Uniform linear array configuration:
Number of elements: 24
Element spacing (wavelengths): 1
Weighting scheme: exponential
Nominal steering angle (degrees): -60
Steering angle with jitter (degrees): -60.149
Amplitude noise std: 0.05
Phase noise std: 0.05

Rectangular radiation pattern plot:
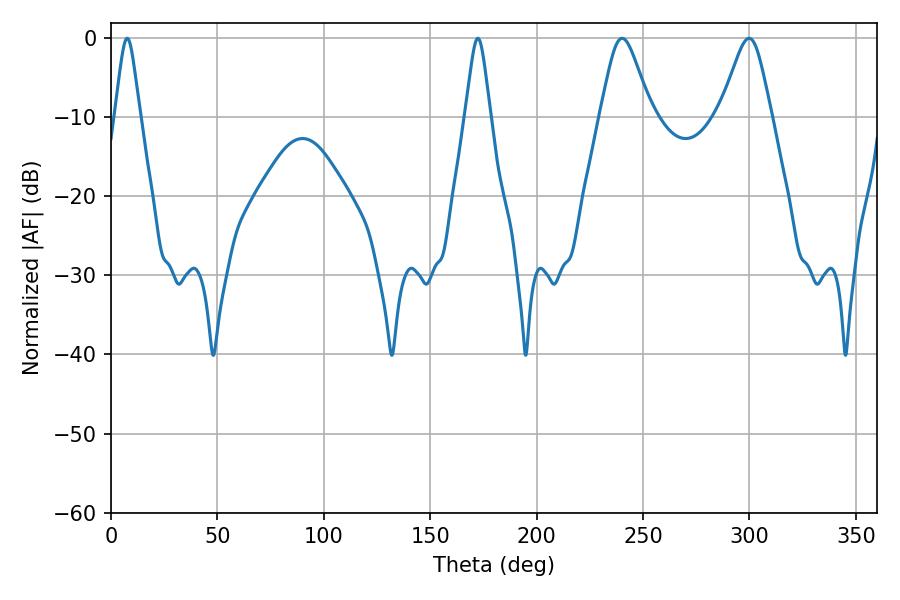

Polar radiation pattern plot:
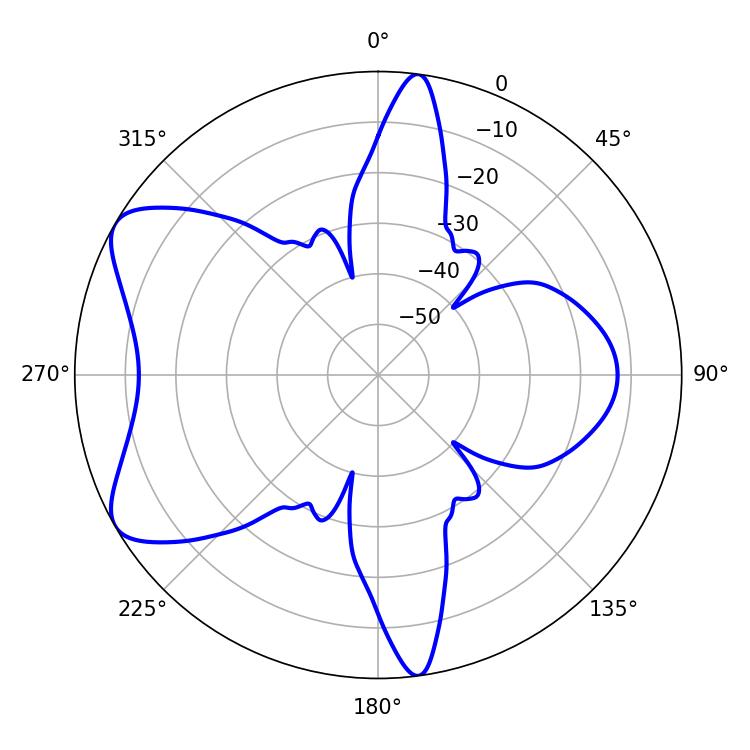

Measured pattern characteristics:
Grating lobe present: TRUE
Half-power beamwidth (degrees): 11.7
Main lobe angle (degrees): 299.88